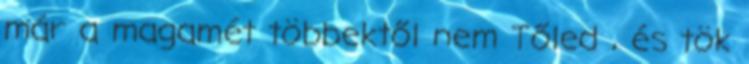
már a magamét többektől nem Tőled , és tök